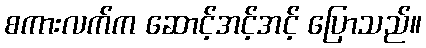
စကားလက်က ဆောင့်အင့်အင့် ပြောသည်။